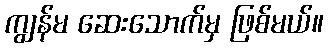
ကျွန်မ ဆေးသောက်မှ ဖြစ်မယ်။